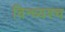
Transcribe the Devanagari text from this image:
विन्ध्यश्च